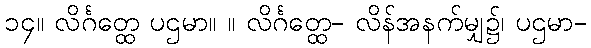
၁၄။ လိင်္ဂတ္ထေ ပဌမာ။ ။ လိင်္ဂတ္ထေ- လိန်အနက်မျှ၌၊ ပဌမာ-